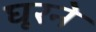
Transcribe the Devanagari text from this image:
घूरने